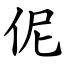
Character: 伲